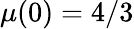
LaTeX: \mu(0)=4/3